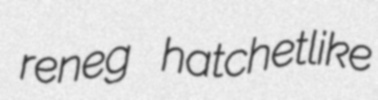
reneg hatchetlike